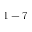
1 - 7